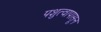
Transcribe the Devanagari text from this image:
पशुत्वापासून